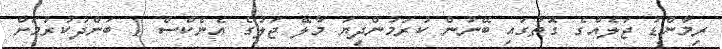
ރިމާންޑު ޖަލެއްގެ ގޮތުގައި ބޭނުން ކުރަމުންދިޔަ މާލޭ ޖަލުގެ އެނެކްސް 1 ބަންދުކުރުމަށް